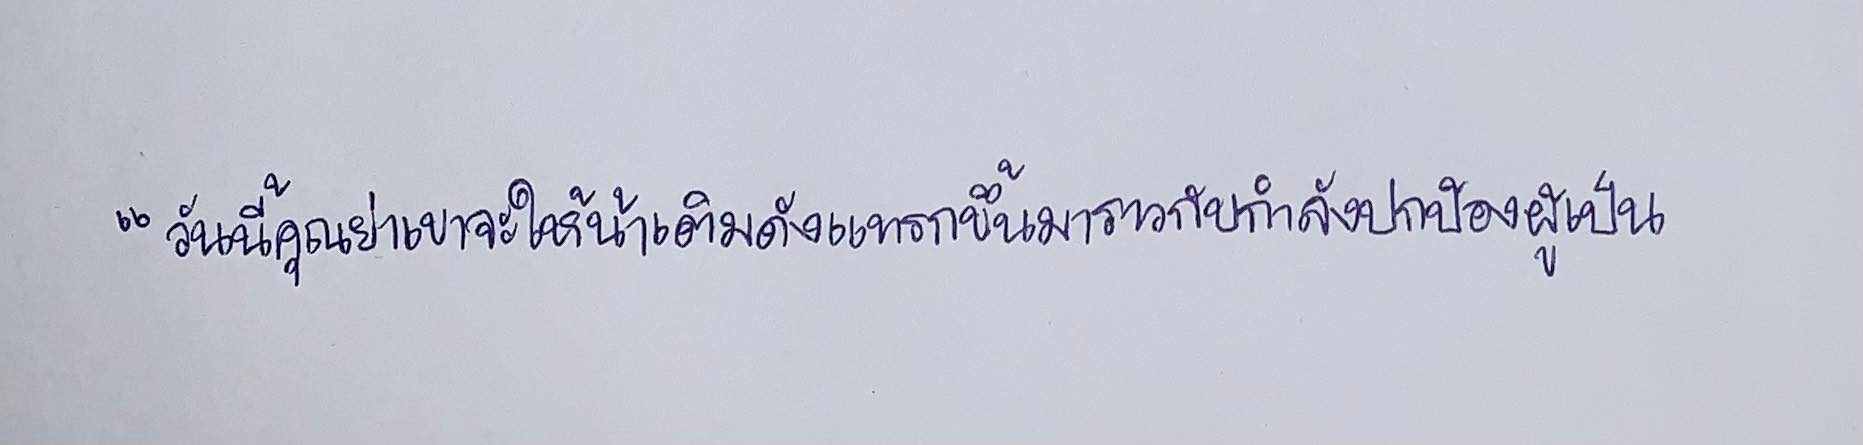
"วันนี้คุณย่าเขาจะให้น้าเติมดังแทรกขึ้นมาราวกับกำลังปกป้องผู้เป็น